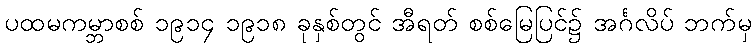
ပထမကမ္ဘာစစ် ၁၉၁၄ ၁၉၁၈ ခုနှစ်တွင် အီရတ် စစ်မြေပြင်၌ အင်္ဂလိပ် ဘက်မှ